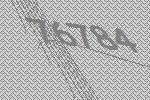
76784